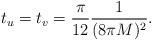
LaTeX: \begin{align*}t_u=t_v={\pi \over 12} {1 \over (8 \pi M)^2}.\end{align*}